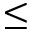
\leq